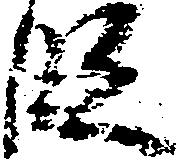
段